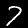
Digit: 7